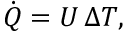
{ \big . } { \dot { Q } } = U \, \Delta T , \quad